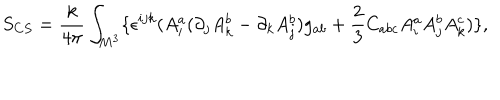
S _ { C S } = \frac k { 4 \pi } \int _ { M ^ { 3 } } \{ \epsilon ^ { i j k } ( A _ { i } ^ { a } ( \partial _ { j } A _ { k } ^ { b } - \partial _ { k } A _ { j } ^ { b } ) g _ { a b } + \frac 2 3 C _ { a b c } A _ { i } ^ { a } A _ { j } ^ { b } A _ { k } ^ { c } ) \} ,